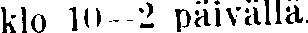
klo 10-—2 päivällä.